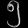
Digit: ၅